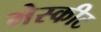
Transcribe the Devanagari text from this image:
मेस्कीट